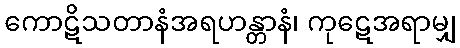
ကောဋိသတာနံအရဟန္တာနံ၊ ကုဋေအရာမျှ